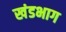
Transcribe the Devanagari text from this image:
खंडभाग